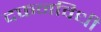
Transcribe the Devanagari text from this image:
दफनविधी